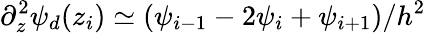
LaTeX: \partial_{z}^{2}\psi_{d}(z_{i})\simeq(\psi_{i-1}-2\psi_{i}+\psi_{i+1})/h^{2}